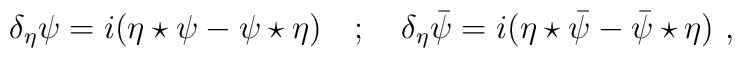
\delta_{\eta}\psi = i(\eta\star\psi-\psi\star\eta) ~~~;~~~\delta_{\eta}\bar{\psi} = i(\eta\star\bar{\psi}-\bar{\psi}\star\eta) \ ,